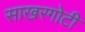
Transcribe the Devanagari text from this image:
साखरगोटी